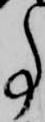
事